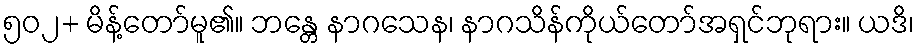
၅၀၂+ မိန့်တော်မူ၏။ ဘန္တေ နာဂသေန၊ နာဂသိန်ကိုယ်တော်အရှင်ဘုရား။ ယဒိ၊